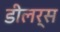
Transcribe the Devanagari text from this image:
डीलर्स